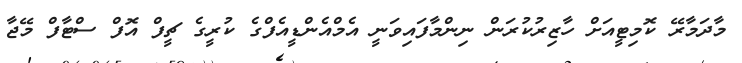
މާދަމާރޭ ކޮމިޓީއަށް ހާޒިރުކުރަން ނިންމާފައިވަނީ އެމްއެންޑީއެފްގެ ކުރީގެ ޗީފް އޮފް ސްޓާފް މޭޖާ